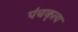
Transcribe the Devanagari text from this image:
पंचकृत्य